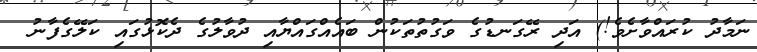
ނަމާދު ކުރައްވާށެވެ!) އަދި ރޭގަނޑުގެ ވަގުތުތަކުން ބައެއްގައްޔާއި ދުވާލުގެ ދެކޮޅުގައި ކަލޭގެފާނު